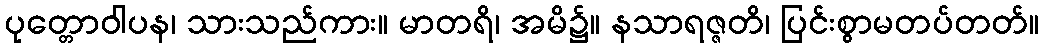
ပုတ္တောဝါပန၊ သားသည်ကား။ မာတရိ၊ အမိ၌။ နသာရဇ္ဇတိ၊ ပြင်းစွာမတပ်တတ်။